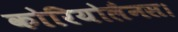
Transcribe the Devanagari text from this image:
कोरियोलैनस।